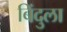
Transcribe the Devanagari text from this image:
बिंदुला